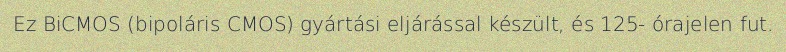
Ez BiCMOS (bipoláris CMOS) gyártási eljárással készült, és 125- órajelen fut.